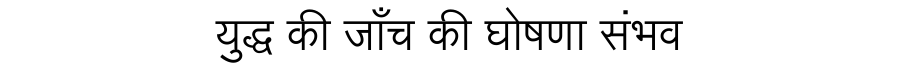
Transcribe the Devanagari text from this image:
युद्ध की जाँच की घोषणा संभव